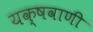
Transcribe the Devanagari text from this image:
यक्षवाणी